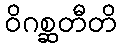
ဝိဂစ္ဆတီတိ